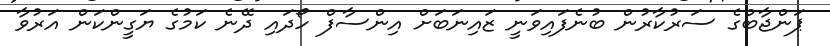
ޕަންޖާބްގެ ސަރުކާރުން ބުނެފައިވަނީ ޒައިނަބަށް އިންސާފް ހޯދައި ދޭނެ ކަމުގެ ޔަގީންކަން އަރުވާ